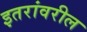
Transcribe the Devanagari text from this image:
इतरांवरील